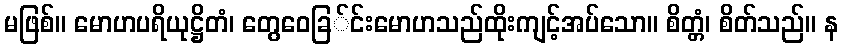
မဖြစ်။ မောဟပရိယုဋ္ဌိတံ၊ တွေဝေခြ်င်းမောဟသည်ထိုးကျင့်အပ်သော။ စိတ္တံ၊ စိတ်သည်။ န